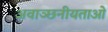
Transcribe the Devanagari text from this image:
अवाञ्छनीयताओं